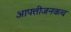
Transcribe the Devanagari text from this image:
आपत्तीजनकच